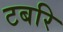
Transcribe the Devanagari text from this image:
टबरि